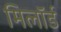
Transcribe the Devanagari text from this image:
मिलॉर्ड